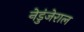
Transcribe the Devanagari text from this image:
नेडुंजेराल